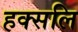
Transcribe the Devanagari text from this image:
हक्सलि